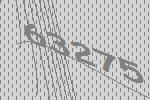
63275